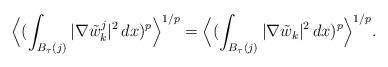
LaTeX: \begin{align*}\Big \langle (\int_{B_\tau(j)} |\nabla \tilde w_k^j|^{2} \,dx)^p \Big \rangle^{1/p} = \Big \langle (\int_{B_\tau(j)} |\nabla \tilde w_k|^{2} \,dx)^p \Big \rangle^{1/p}.\end{align*}